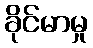
ခိုင်မာမှု